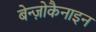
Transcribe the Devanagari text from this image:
बेन्ज़ोकैनाइन